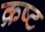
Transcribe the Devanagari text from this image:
क्रष्ट